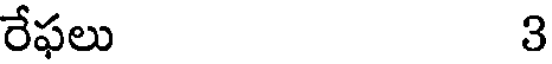
రేఫలు 3